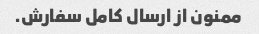
ممنون از ارسال کامل سفارش.